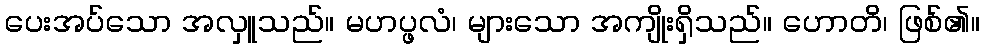
ပေးအပ်သော အလှူသည်။ မဟပ္ဖလံ၊ များသော အကျိုးရှိသည်။ ဟောတိ၊ ဖြစ်၏။